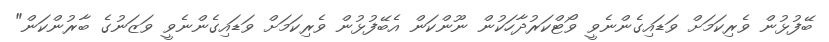
ބޭފުޅުން ވެރިކަމަށް ވަޑައިގެންނެވީ ވޯޓްކަރުދާހަކުން ނޫންކަން އެބޭފުޅުން ވެރިކަމަށް ވަޑައިގެންނެވީ ވަޒަނުގެ ބާރުންކަން"